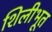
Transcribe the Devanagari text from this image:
शिलीभूत